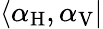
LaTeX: \langle\alpha_{\mathrm{H}},\alpha_{\mathrm{V}}|